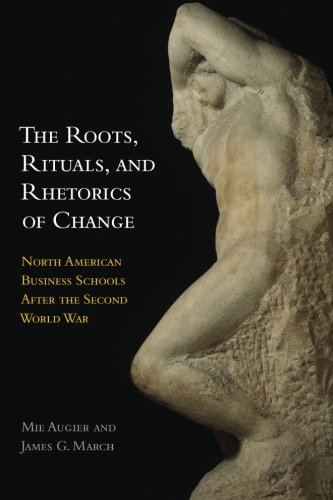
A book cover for The Roots, Rituals, and Rhetorics of Change: North American Business Schools After the Second World War; Mie Augier; Education & Teaching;